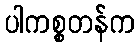
ပါကစ္စတန်က